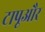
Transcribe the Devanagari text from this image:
टापूऔर